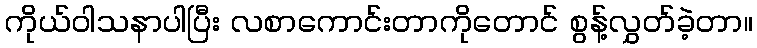
ကိုယ်ဝါသနာပါပြီး လစာကောင်းတာကိုတောင် စွန့်လွှတ်ခဲ့တာ။